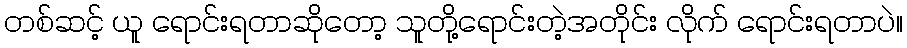
တစ်ဆင့် ယူ ရောင်းရတာဆိုတော့ သူတို့ရောင်းတဲ့အတိုင်း လိုက် ရောင်းရတာပဲ။